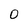
Character: 0